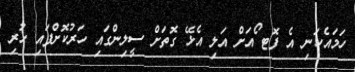
ހަމައެކަނި އެ ފޮޓ ޯއަށް އަލި އެޅޭ ގޮތަށް ސީލިންގައި ހަރުކޮށްފައި ހުރި